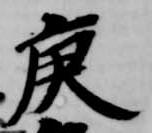
庚